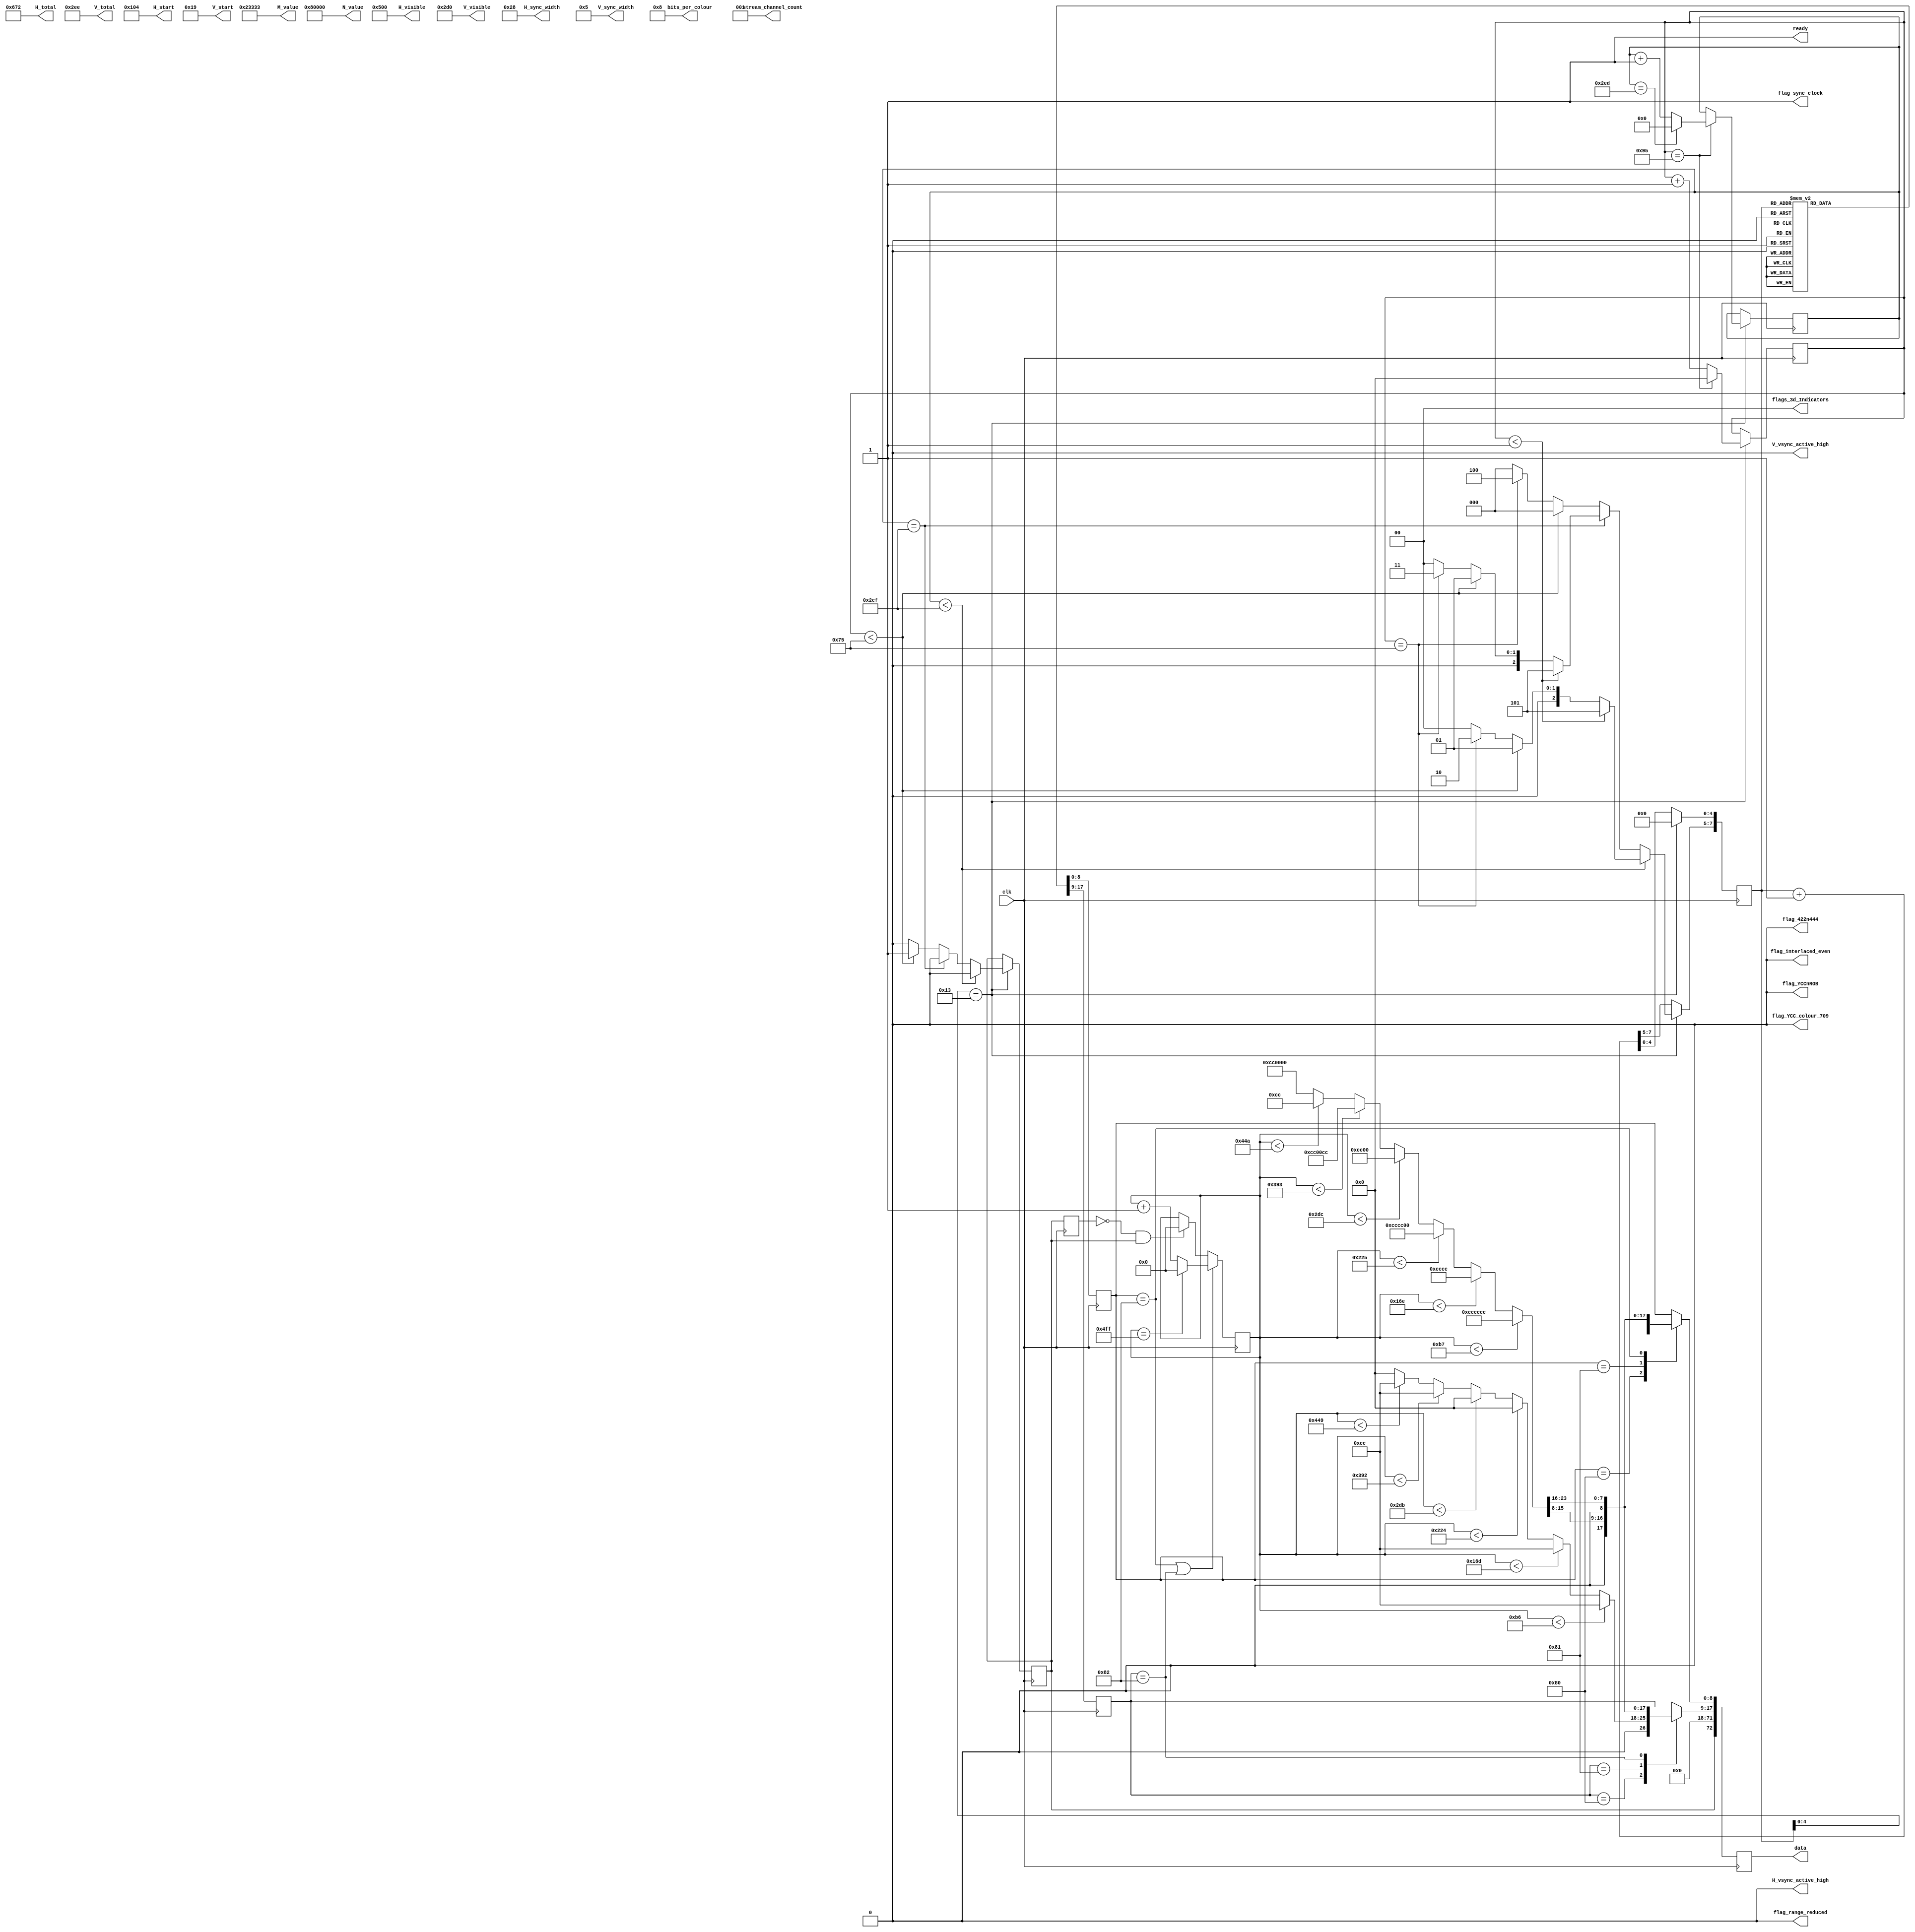
///////////////////////////////////////////////////////////////////////////////
// test_source_720p_RGB_444_colourbar.v : A hack at making a colour bar
//
//
// Part of the DisplayPort_Verlog project - an open implementation of the 
// DisplayPort protocol for FPGA boards. 
//
// See https://github.com/hamsternz/DisplayPort_Verilog for latest versions.
//
///////////////////////////////////////////////////////////////////////////////
// Version |  Notes
// ----------------------------------------------------------------------------
//   1.0   | Initial Release
//
///////////////////////////////////////////////////////////////////////////////
//
// MIT License
// 
// Copyright (c) 2019 Mike Field
// 
// Permission is hereby granted, free of charge, to any person obtaining a copy
// of this software and associated documentation files (the "Software"), to deal
// in the Software without restriction, including without limitation the rights
// to use, copy, modify, merge, publish, distribute, sublicense, and/or sell
// copies of the Software, and to permit persons to whom the Software is
// furnished to do so, subject to the following conditions:
// 
// The above copyright notice and this permission notice shall be included in all
// copies or substantial portions of the Software.
// 
// THE SOFTWARE IS PROVIDED "AS IS", WITHOUT WARRANTY OF ANY KIND, EXPRESS OR
// IMPLIED, INCLUDING BUT NOT LIMITED TO THE WARRANTIES OF MERCHANTABILITY,
// FITNESS FOR A PARTICULAR PURPOSE AND NONINFRINGEMENT. IN NO EVENT SHALL THE
// AUTHORS OR COPYRIGHT HOLDERS BE LIABLE FOR ANY CLAIM, DAMAGES OR OTHER
// LIABILITY, WHETHER IN AN ACTION OF CONTRACT, TORT OR OTHERWISE, ARISING FROM,
// OUT OF OR IN CONNECTION WITH THE SOFTWARE OR THE USE OR OTHER DEALINGS IN THE
// SOFTWARE.
//
///////////////////////////////////////////////////////////////////////////////
//
// Want to say thanks?
//
// This design has taken many hours - 3 months of work for the initial VHDL
// design, and another month or so to convert it to Verilog for this release.
//
// I'm more than happy to share it if you can make use of it. It is released
// under the MIT license, so you are not under any onus to say thanks, but....
//
// If you what to say thanks for this design either drop me an email, or how about
// trying PayPal to my email (hamster@snap.net.nz)?
//
//  Educational use - Enough for a beer
//  Hobbyist use    - Enough for a pizza
//  Research use    - Enough to take the family out to dinner
//  Commercial use  - A weeks pay for an engineer (I wish!)
//
///////////////////////////////////////////////////////////////////////////////
module test_source_720p_RGB_444_colourbar(
        output reg [23:0] M_value,
        output reg [23:0] N_value,
        output reg [11:0] H_visible,
        output reg [11:0] V_visible,
        output reg [11:0] H_total,
        output reg [11:0] V_total,
        output reg [11:0] H_sync_width,
        output reg [11:0] V_sync_width,
        output reg [11:0] H_start,
        output reg [11:0] V_start,
        output reg        H_vsync_active_high,
        output reg        V_vsync_active_high,
        output reg        flag_sync_clock,
        output reg        flag_YCCnRGB,
        output reg        flag_422n444,
        output reg        flag_YCC_colour_709,
        output reg        flag_range_reduced,
        output reg        flag_interlaced_even,
        output reg  [1:0] flags_3d_Indicators,
        output reg  [4:0] bits_per_colour,
        output reg  [2:0] stream_channel_count,

        input             clk,
        output reg        ready,
        output reg [72:0] data
    );

/////////////////////////////////////////////////////
// 
//  Transfer Units (TUs) are 0 to 19 pairs of symbols
//  Making them 40 symbols long. Each normal TU transfers
//  11 pixels, making the pixel clock 11/40ths of the 
//  symbol rate. The symbol rate is 270M Symbols/s.
//
//  So pixel clock is 11/40*270 = 74.25M pixels/sec
/////////////////////////////////////////////////////
    
    localparam [8:0] DUMMY = 9'b000000000;  // 0x03
    localparam [8:0] SPARE = 9'b011111111;  // 0xFF
    localparam [8:0] ZERO  = 9'b000000000;  // 0x00
    localparam [8:0] PIX_0 = 9'b010000000;  // Byte 0 of pixel 0
    localparam [8:0] PIX_1 = 9'b010000001;  // Byte 1 of pixel 0
    localparam [8:0] PIX_2 = 9'b010000010;  // Byte 2 of pixel 0

    localparam [8:0] BE    = 9'b111111011;  // K27.7 Blank End
    localparam [8:0] BS    = 9'b110111100;  // K28.5 Blank Start 
    localparam [8:0] FS    = 9'b111111110;  // K30.7 Fill Start
    localparam [8:0] FE    = 9'b111110111;  // K23.7 Fill End
   

    localparam [8:0] VB_VS  = 9'b000000001;  // 0x00  VB-ID with Vertical blank asserted 
    localparam [8:0] VB_NVS = 9'b000000000;  // 0x00  VB-ID without Vertical blank asserted
    localparam [8:0] MVID   = 9'b001101000;  // 0x68
    localparam [8:0] MAUD   = 9'b000000000;  // 0x00    
    
    reg [7:0] index = 0;
    reg [8:0] d0 = 0;
    reg [8:0] d1 = 0;
    reg [9:0] line_count = 0;
    reg [7:0] row_count = 0;
    reg       switch_point  = 0;

    reg [47:0] pixels_next;
    reg        new_next;

    reg [18:0] pixel_count;
    reg [23:0] pixel;
    reg [23:0] pixel_next;
    reg        switch_point_last;

initial begin
    M_value              = 24'h023333;
    N_value              = 24'h080000;

    H_visible            = 12'd1280;
    H_total              = 12'd1650;
    H_start              = 12'd260;   // Pulse width (40) + pack porch (220)
    H_sync_width         = 12'd40;

    V_visible            = 12'd720;
    V_total              = 12'd750;
    V_start              = 12'd25;
    V_sync_width         = 12'd5;

    H_vsync_active_high  = 1'b0;
    V_vsync_active_high  = 1'b0;
    flag_sync_clock      = 1'b1;
    flag_YCCnRGB         = 1'b0;
    flag_422n444         = 1'b0;
    flag_range_reduced   = 1'b0;
    flag_interlaced_even = 1'b0;
    flag_YCC_colour_709  = 1'b0;
    flags_3d_Indicators  = 2'b00;
    bits_per_colour      = 5'b01000;

    stream_channel_count = 3'b001; 
    ready                = 1'b1;
    data                 = 73'b0;

    pixel_count          = 19'b0;
    switch_point_last    = 1'b0;
end


always @(posedge clk) begin
//////////////////////////////////
// Pixel value generation 
//////////////////////////////////
    /////////////////////////////////////////////
    // Detect the start of frame to reset counter
    /////////////////////////////////////////////
    if(switch_point_last == 1'b0 && switch_point == 1'b1) begin
       pixel_count <= 19'b0; 
    end

    ////////////////////////////////////////////////////
    // Advance the counter when last byte of pixel is used
    ////////////////////////////////////////////////////
    if     (pixel_count < 183*1)   begin pixel[23:0] = 24'hCCCCCC; end
    else if(pixel_count < 183*2)   begin pixel[23:0] = 24'h00CCCC; end
    else if(pixel_count < 183*3)   begin pixel[23:0] = 24'hCCCC00; end
    else if(pixel_count < 183*4)   begin pixel[23:0] = 24'h00CC00; end
    else if(pixel_count < 183*5)   begin pixel[23:0] = 24'hCC00CC; end
    else if(pixel_count < 183*6)   begin pixel[23:0] = 24'h0000CC; end
    else                           begin pixel[23:0] = 24'hCC0000; end
  
    if     (pixel_count < 183*1-1) begin pixel_next[23:0] = 24'hfCCCCC; end
    else if(pixel_count < 183*2-1) begin pixel_next[23:0] = 24'h00CCCC; end
    else if(pixel_count < 183*3-1) begin pixel_next[23:0] = 24'hCCCC00; end
    else if(pixel_count < 183*4-1) begin pixel_next[23:0] = 24'h00CC00; end
    else if(pixel_count < 183*5-1) begin pixel_next[23:0] = 24'hCC00CC; end
    else if(pixel_count < 183*6-1) begin pixel_next[23:0] = 24'h0000CC; end
    else                           begin pixel_next[23:0] = 24'hCC0000; end
 
    if(d0 == PIX_2 || d1 == PIX_2) begin
       if(pixel_count == 1279) begin
         pixel_count   <= 19'b0;
       end else begin
         pixel_count   <= pixel_count + 1;
       end
    end

    switch_point_last <= switch_point;

///////////////////////////////////////////////
// Scheduling the data out to the pipeline
///////////////////////////////////////////////

    ///////////////////////////////////////////////
    // Stage 1 of video pipeline
    //
    // Replace the sentinel values with pixel data  
    ///////////////////////////////////////////////
    case(d1)
       // Data from pixel 0
       PIX_0: begin  data[17:9]  <= {1'b0, pixel_next[7:0]}; end
       PIX_1: begin  data[17:9]  <= {1'b0, pixel[15:8]};     end
       PIX_2: begin  data[17:9]  <= {1'b0, pixel[23:16]};    end
       default:       data[17:9]  <= d1;
    endcase

    case(d0)
       PIX_0:  begin  data[8:0]   <= {1'b0, pixel[7:0]};   end
       PIX_1:  begin  data[8:0]   <= {1'b0, pixel[15:8]};  end
       PIX_2:  begin  data[8:0]   <= {1'b0, pixel[23:16]}; end
       default:       data[8:0]   <= d0;
    endcase
    data[71:18]          <= 54'b0;
    data[72]             <= switch_point;

    ///////////////////////////////////////////////
    // Stage 0 of pipeline
    // 
    // Lookup what type of values to send
    ///////////////////////////////////////////////
    // Now load the next byte of the sequence into d0 and d1
    case(index)  
        8'h00: begin d0 <= DUMMY;  d1 <= DUMMY; end
        8'h01: begin d0 <= DUMMY;  d1 <= DUMMY; end
        8'h02: begin d0 <= DUMMY;  d1 <= DUMMY; end
        8'h03: begin d0 <= DUMMY;  d1 <= DUMMY; end
        8'h04: begin d0 <= DUMMY;  d1 <= DUMMY; end
        8'h05: begin d0 <= DUMMY;  d1 <= DUMMY; end
        8'h06: begin d0 <= DUMMY;  d1 <= DUMMY; end
        8'h07: begin d0 <= DUMMY;  d1 <= DUMMY; end
        8'h08: begin d0 <= DUMMY;  d1 <= DUMMY; end
        8'h09: begin d0 <= DUMMY;  d1 <= DUMMY; end
        8'h0A: begin d0 <= DUMMY;  d1 <= DUMMY; end
        8'h0B: begin d0 <= DUMMY;  d1 <= DUMMY; end
        8'h0C: begin d0 <= DUMMY;  d1 <= DUMMY; end
        8'h0D: begin d0 <= DUMMY;  d1 <= DUMMY; end
        8'h0E: begin d0 <= DUMMY;  d1 <= DUMMY; end
        8'h0F: begin d0 <= DUMMY;  d1 <= DUMMY; end
        8'h10: begin d0 <= DUMMY;  d1 <= DUMMY; end
        8'h11: begin d0 <= DUMMY;  d1 <= DUMMY; end
        8'h12: begin d0 <= DUMMY;  d1 <= DUMMY; end
        8'h13: begin d0 <= DUMMY;  d1 <= DUMMY; end
    
        // Block 1 - 11 white pixels and padding
        8'h20: begin d0 <= PIX_0;  d1 <= PIX_1;  end  
        8'h21: begin d0 <= PIX_2;  d1 <= PIX_0;  end
        8'h22: begin d0 <= PIX_1;  d1 <= PIX_2;  end
        8'h23: begin d0 <= PIX_0;  d1 <= PIX_1;  end
        8'h24: begin d0 <= PIX_2;  d1 <= PIX_0;  end
        8'h25: begin d0 <= PIX_1;  d1 <= PIX_2;  end
        8'h26: begin d0 <= PIX_0;  d1 <= PIX_1;  end
        8'h27: begin d0 <= PIX_2;  d1 <= PIX_0;  end
        8'h28: begin d0 <= PIX_1;  d1 <= PIX_2;  end
        8'h29: begin d0 <= PIX_0;  d1 <= PIX_1;  end
        8'h2A: begin d0 <= PIX_2;  d1 <= PIX_0;  end
        8'h2B: begin d0 <= PIX_1;  d1 <= PIX_2;  end // 8 pixels
        8'h2C: begin d0 <= PIX_0;  d1 <= PIX_1;  end
        8'h2D: begin d0 <= PIX_2;  d1 <= PIX_0;  end
        8'h2E: begin d0 <= PIX_1;  d1 <= PIX_2;  end // 2 more pixels
        8'h2F: begin d0 <= PIX_0;  d1 <= PIX_1;  end
        8'h30: begin d0 <= PIX_2;  d1 <= FS;     end // 1 more pixel
        8'h31: begin d0 <= DUMMY;  d1 <= DUMMY;  end
        8'h32: begin d0 <= DUMMY;  d1 <= DUMMY;  end
        8'h33: begin d0 <= DUMMY;  d1 <= FE;     end
    
        // Block 2 - 4 white pixels and padding; d1 <= VB-ID (-vsync); d1 <= Mvid; d1 <= MAud and junk
        8'h40: begin d0 <= PIX_0;  d1 <= PIX_1;  end
        8'h41: begin d0 <= PIX_2;  d1 <= PIX_0;  end
        8'h42: begin d0 <= PIX_1;  d1 <= PIX_2;  end
        8'h43: begin d0 <= PIX_0;  d1 <= PIX_1;  end
        8'h44: begin d0 <= PIX_2;  d1 <= PIX_0;  end
        8'h45: begin d0 <= PIX_1;  d1 <= PIX_2;  end // Four pixels
        8'h46: begin d0 <= BS;     d1 <= VB_NVS; end
        8'h47: begin d0 <= MVID;   d1 <= MAUD;   end
        8'h48: begin d0 <= VB_NVS; d1 <= MVID;   end
        8'h49: begin d0 <= MAUD;   d1 <= VB_NVS; end
        8'h4a: begin d0 <= MVID;   d1 <= MAUD;   end
        8'h4b: begin d0 <= VB_NVS; d1 <= MVID;   end
        8'h4c: begin d0 <= MAUD;   d1 <= DUMMY;  end
        8'h4d: begin d0 <= DUMMY;  d1 <= DUMMY;  end
        8'h4e: begin d0 <= DUMMY;  d1 <= DUMMY;  end
        8'h4f: begin d0 <= DUMMY;  d1 <= DUMMY;  end
        8'h50: begin d0 <= DUMMY;  d1 <= DUMMY;  end
        8'h51: begin d0 <= DUMMY;  d1 <= DUMMY;  end
        8'h52: begin d0 <= DUMMY;  d1 <= DUMMY;  end
        8'h53: begin d0 <= DUMMY;  d1 <= DUMMY;  end
    
        // Block 3 - 4 white pixels and padding; d1 <= VB-ID (+vsync); d1 <= Mvid; d1 <= MAud and junk
        8'h60: begin d0 <= PIX_0;  d1 <= PIX_1;  end
        8'h61: begin d0 <= PIX_2;  d1 <= PIX_0;  end
        8'h62: begin d0 <= PIX_1;  d1 <= PIX_2;  end
        8'h63: begin d0 <= PIX_0;  d1 <= PIX_1;  end
        8'h64: begin d0 <= PIX_2;  d1 <= PIX_0;  end
        8'h65: begin d0 <= PIX_1;  d1 <= PIX_2;  end // Four pixels
        8'h66: begin d0 <= BS;     d1 <= VB_VS;  end
        8'h67: begin d0 <= MVID;   d1 <= MAUD;   end
        8'h68: begin d0 <= VB_VS;  d1 <= MVID;   end
        8'h69: begin d0 <= MAUD;   d1 <= VB_VS;  end
        8'h7A: begin d0 <= MVID;   d1 <= MAUD;   end
        8'h7B: begin d0 <= VB_VS;  d1 <= MVID;   end
        8'h7C: begin d0 <= MAUD;   d1 <= DUMMY;  end
        8'h7D: begin d0 <= DUMMY;  d1 <=  DUMMY; end
        8'h7E: begin d0 <= DUMMY;  d1 <=  DUMMY; end
        8'h7F: begin d0 <= DUMMY;  d1 <=  DUMMY; end
        8'h80: begin d0 <= DUMMY;  d1 <=  DUMMY; end
        8'h81: begin d0 <= DUMMY;  d1 <=  DUMMY; end
        8'h82: begin d0 <= DUMMY;  d1 <=  DUMMY; end
        8'h83: begin d0 <= DUMMY;  d1 <=  DUMMY; end
    
        // Block 4 - DUMMY;Blank Start; d1 <= VB-ID (+vsync); d1 <= Mvid; d1 <= MAud and junk
        8'h80: begin d0 <= DUMMY; d1 <= DUMMY; end
        8'h81: begin d0 <= DUMMY; d1 <= DUMMY; end
        8'h82: begin d0 <= DUMMY; d1 <= DUMMY; end
        8'h83: begin d0 <= DUMMY; d1 <= DUMMY; end
        8'h84: begin d0 <= DUMMY; d1 <= DUMMY; end
        8'h85: begin d0 <= DUMMY; d1 <= DUMMY; end // Space for four (non-present pixels)
        8'h86: begin d0 <= BS;    d1 <= VB_VS; end
        8'h87: begin d0 <= MVID;  d1 <= MAUD;  end
        8'h88: begin d0 <= VB_VS; d1 <= MVID;  end
        8'h89: begin d0 <= MAUD;  d1 <= VB_VS; end
        8'h8A: begin d0 <= MVID;  d1 <= MAUD;  end
        8'h8B: begin d0 <= VB_VS; d1 <= MVID;  end
        8'h8C: begin d0 <= MAUD;  d1 <= DUMMY; end
        8'h8D: begin d0 <= DUMMY; d1 <= DUMMY; end
        8'h8E: begin d0 <= DUMMY; d1 <= DUMMY; end
        8'h8F: begin d0 <= DUMMY; d1 <= DUMMY; end
        8'h90: begin d0 <= DUMMY; d1 <= DUMMY; end
        8'h91: begin d0 <= DUMMY; d1 <= DUMMY; end
        8'h92: begin d0 <= DUMMY; d1 <= DUMMY; end
        8'h93: begin d0 <= DUMMY; d1 <= DUMMY; end
    
        // Block 5 - just blank end
        8'hA0: begin d0 <= DUMMY; d1 <= DUMMY; end
        8'hA1: begin d0 <= DUMMY; d1 <= DUMMY; end
        8'hA2: begin d0 <= DUMMY; d1 <= DUMMY; end
        8'hA3: begin d0 <= DUMMY; d1 <= DUMMY; end
        8'hA4: begin d0 <= DUMMY; d1 <= DUMMY; end
        8'hA5: begin d0 <= DUMMY; d1 <= DUMMY; end
        8'hA6: begin d0 <= DUMMY; d1 <= DUMMY; end
        8'hA7: begin d0 <= DUMMY; d1 <= DUMMY; end
        8'hA8: begin d0 <= DUMMY; d1 <= DUMMY; end
        8'hA9: begin d0 <= DUMMY; d1 <= DUMMY; end
        8'hAA: begin d0 <= DUMMY; d1 <= DUMMY; end
        8'hAB: begin d0 <= DUMMY; d1 <= DUMMY; end
        8'hAC: begin d0 <= DUMMY; d1 <= DUMMY; end
        8'hAD: begin d0 <= DUMMY; d1 <= DUMMY; end
        8'hAE: begin d0 <= DUMMY; d1 <= DUMMY; end
        8'hAF: begin d0 <= DUMMY; d1 <= DUMMY; end
        8'hB0: begin d0 <= DUMMY; d1 <= DUMMY; end
        8'hB1: begin d0 <= DUMMY; d1 <= DUMMY; end
        8'hB2: begin d0 <= DUMMY; d1 <= DUMMY; end
        8'hB3: begin d0 <= DUMMY; d1 <= BE;    end

        default: begin d0 <= SPARE; d1 <= SPARE; end
    endcase

    if(index[4:0] == 5'd19) begin  
        index[4:0] <= 5'd0;
        if(row_count == 149) begin   //  1650 / 11 - 1
            row_count <= 8'b0;
            if(line_count == 749) begin
                line_count <= 10'b0;
            end else begin
                line_count <= line_count + 1;
            end
        end else begin
            row_count <= row_count +1;
        end

        // Block 0 - Junk
        // Block 1 - 11 white pixels and padding
        // Block 2 - 4 white pixels and padding, VB-ID (-vsync), Mvid, MAud and junk
        // Block 3 - 4 white pixels and padding, VB-ID (+vsync), Mvid, MAud and junk
        // Block 4 - DUMMY,Blank Start, VB-ID (+vsync), Mvid, MAud and junk
        // Block 5 - just blank end
                
        index[7:5] <= 3'b000;  // Dummy symbols for the default block
        switch_point <= 1'b0;
        if(line_count < 719) begin //-- lines of active video (except first and last)
            if(row_count <  1) begin
                index[7:5] <= 3'b101;  // Just blank ending in BE
            end else if(row_count < 117) begin
                index[7:5] <= 3'b001;  // Pixels plus fill                                                 
            end else if(row_count == 117) begin
                index[7:5] <= 3'b010;  // Pixels BS and VS-ID block (no VBLANK flag)       
            end
        end else if(line_count == 719) begin // Last line of active video
            if(row_count <  1) begin
                index[7:5] <= 3'b101;  // Just blank ending in BE
            end else if(row_count < 117) begin
                index[7:5] <= 3'b001;  // Pixels plus fill 
            end else if(row_count == 117) begin
                index[7:5] <= 3'b011;  // Pixels BS and VS-ID block (with VBLANK flag)       
            end
        end else begin
            //---------------------------------------------------------------
            // Allow switching to/from the idle pattern during the vertical blank
            //---------------------------------------------------------------                        
            if(row_count < 117) begin
                switch_point <= 1'b1;
            end else if(row_count == 117) begin
                index[7:5] <= 3'b100;  // Dummy symbols, BS and VS-ID block (with VBLANK flag)                        
            end
        end            
    end else begin
         index <= index + 1;
    end
end
endmodule